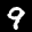
Label: 9